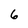
Character: 6